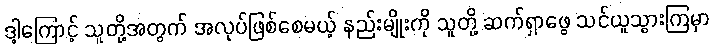
ဒါ့ကြောင့် သူတို့အတွက် အလုပ်ဖြစ်စေမယ့် နည်းမျိုးကို သူတို့ ဆက်ရှာဖွေ သင်ယူသွားကြမှာ